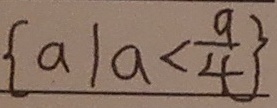
\{ a \vert a < \frac { a } { 4 } \}